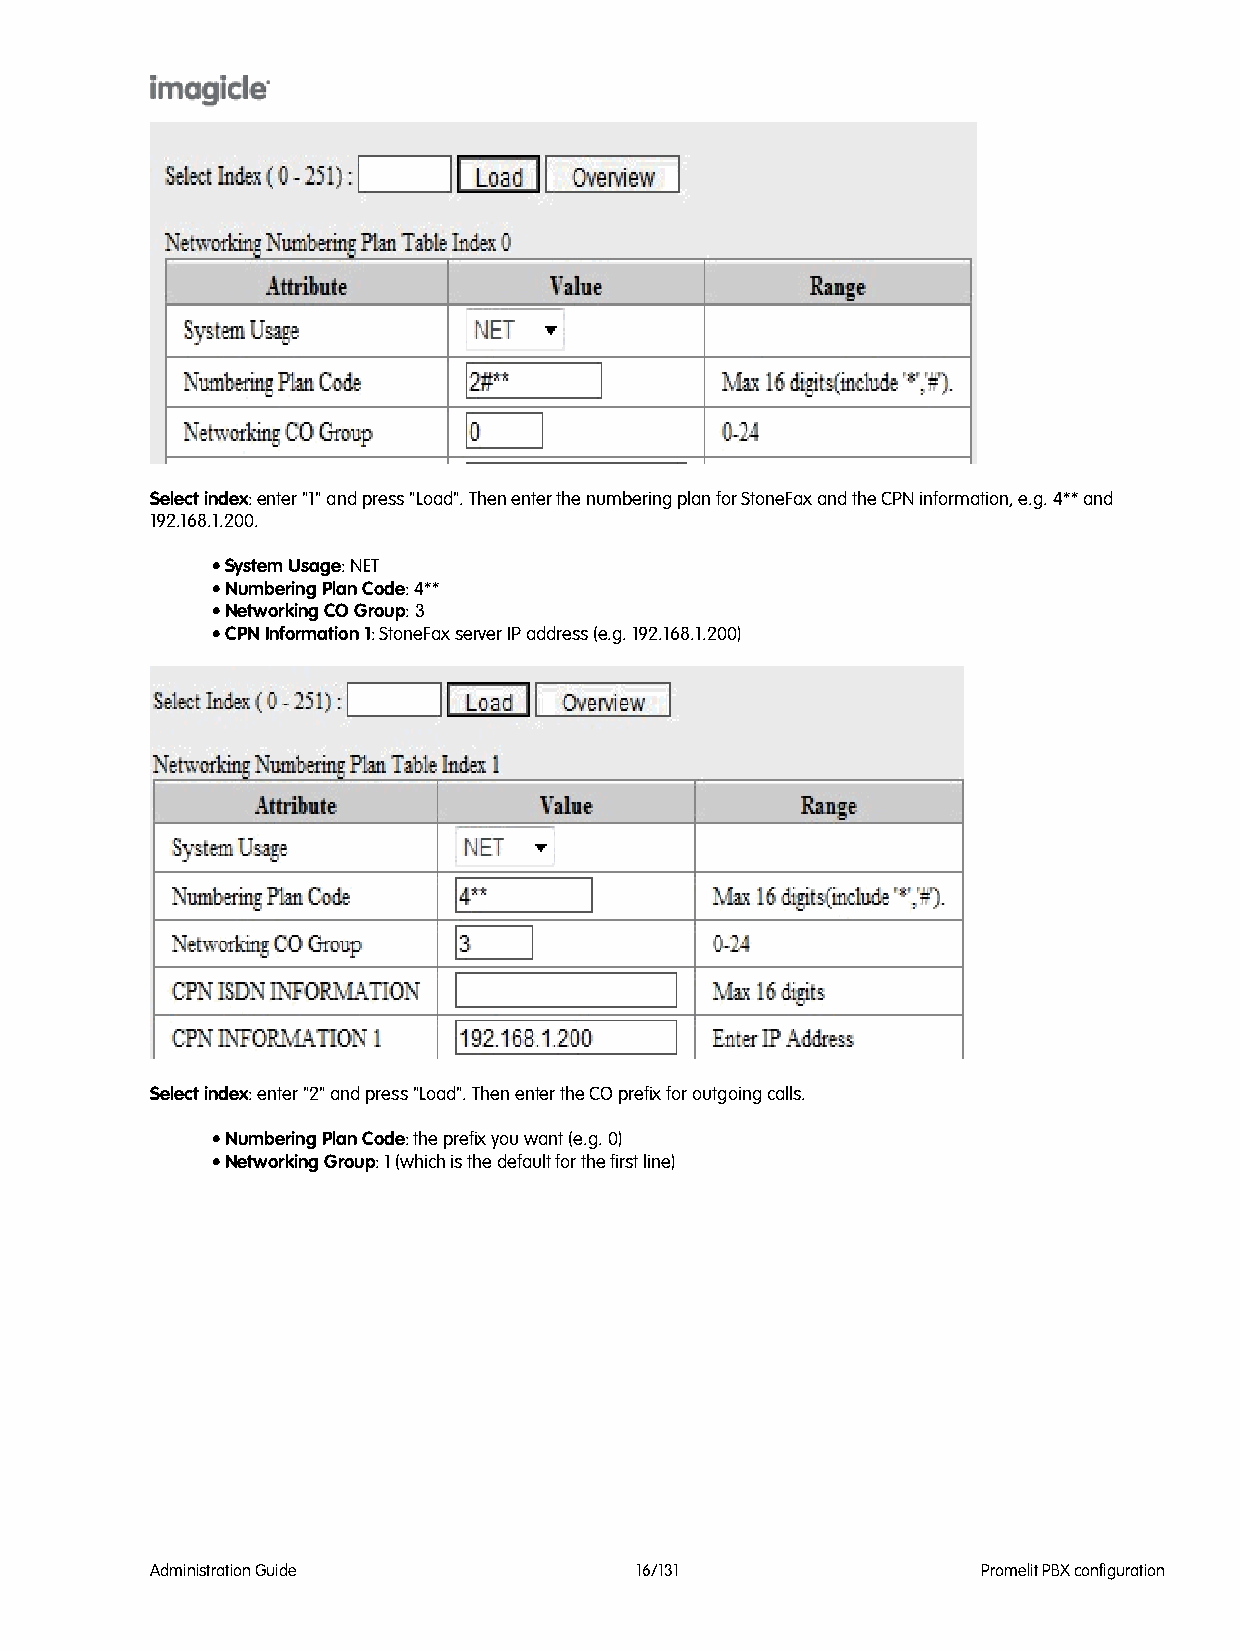
Select index: enter "1" and press "Load". Then enter the numbering plan for StoneFax and the CPN information, e.g. 4** and
 192.168.1.200.
 • System Usage: NET
 • Numbering Plan Code: 4**
 • Networking CO Group: 3
 • CPN Information 1: StoneFax server IP address (e.g. 192.168.1.200)
 Select index: enter "2" and press "Load". Then enter the CO prefix for outgoing calls.
 • Numbering Plan Code: the prefix you want (e.g. 0)
 • Networking Group: 1 (which is the default for the first line)
 Administration Guide            16/131                 Promelit PBX configuration